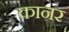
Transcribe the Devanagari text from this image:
कानर